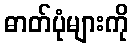
ဓာတ်ပုံများကို